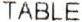
TABLE